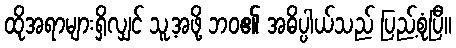
ထိုအရာများရှိလျှင် သူ့အဖို့ ဘဝ၏ အဓိပ္ပါယ်သည် ပြည့်စုံပြီ။